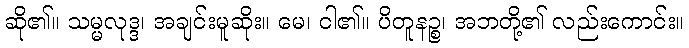
ဆို၏။ သမ္မလုဒ္ဒ၊ အချင်းမူဆိုး။ မေ၊ ငါ၏။ ပိတူနဉ္စ၊ အဘတို့၏ လည်းကောင်း။